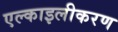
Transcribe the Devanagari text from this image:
एल्काइलीकरण